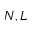
N , L